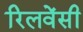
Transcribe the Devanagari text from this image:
रिलवेंसी